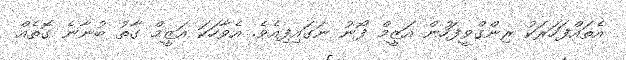
އެތައްފަހަރަކު ރިންގްވީފަހުން އަޒީމް ފޯނު ނަގައިފިއެވެ. އެވާހަކަ އަޒީމް ގާތު ބުނާނެ ގޮތެއް